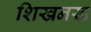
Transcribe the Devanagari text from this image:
शिखनख